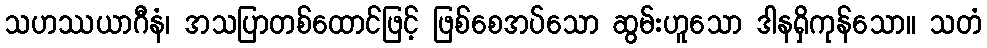
သဟဿယာဂီနံ၊ အသပြာတစ်ထောင်ဖြင့် ဖြစ်စေအပ်သော ဆွမ်းဟူသော ဒါနရှိကုန်သော။ သတံ